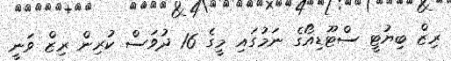
ރިޒް ބިޔުޓީ ސްޓޫޑިއޯގެ ނަމުގައި މީގެ 16 ދުވަސް ކުރިން ރިޒް ވަނީ